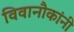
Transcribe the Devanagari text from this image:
विवानौकांनी